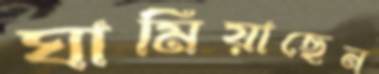
ঘামিয়াছেন